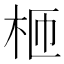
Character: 𣐝